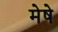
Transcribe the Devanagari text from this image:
मेषे